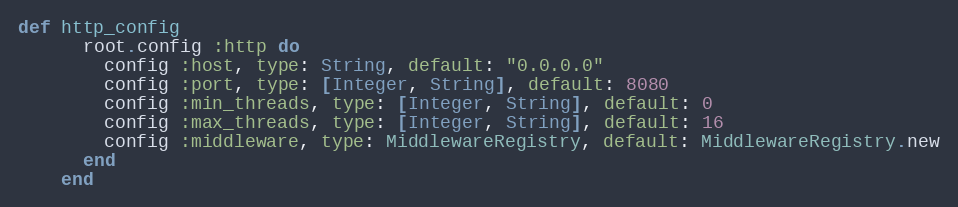
Language: Ruby
def http_config
      root.config :http do
        config :host, type: String, default: "0.0.0.0"
        config :port, type: [Integer, String], default: 8080
        config :min_threads, type: [Integer, String], default: 0
        config :max_threads, type: [Integer, String], default: 16
        config :middleware, type: MiddlewareRegistry, default: MiddlewareRegistry.new
      end
    end